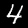
Digit: 4